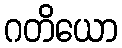
ဂတိယော